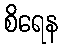
စိရေန